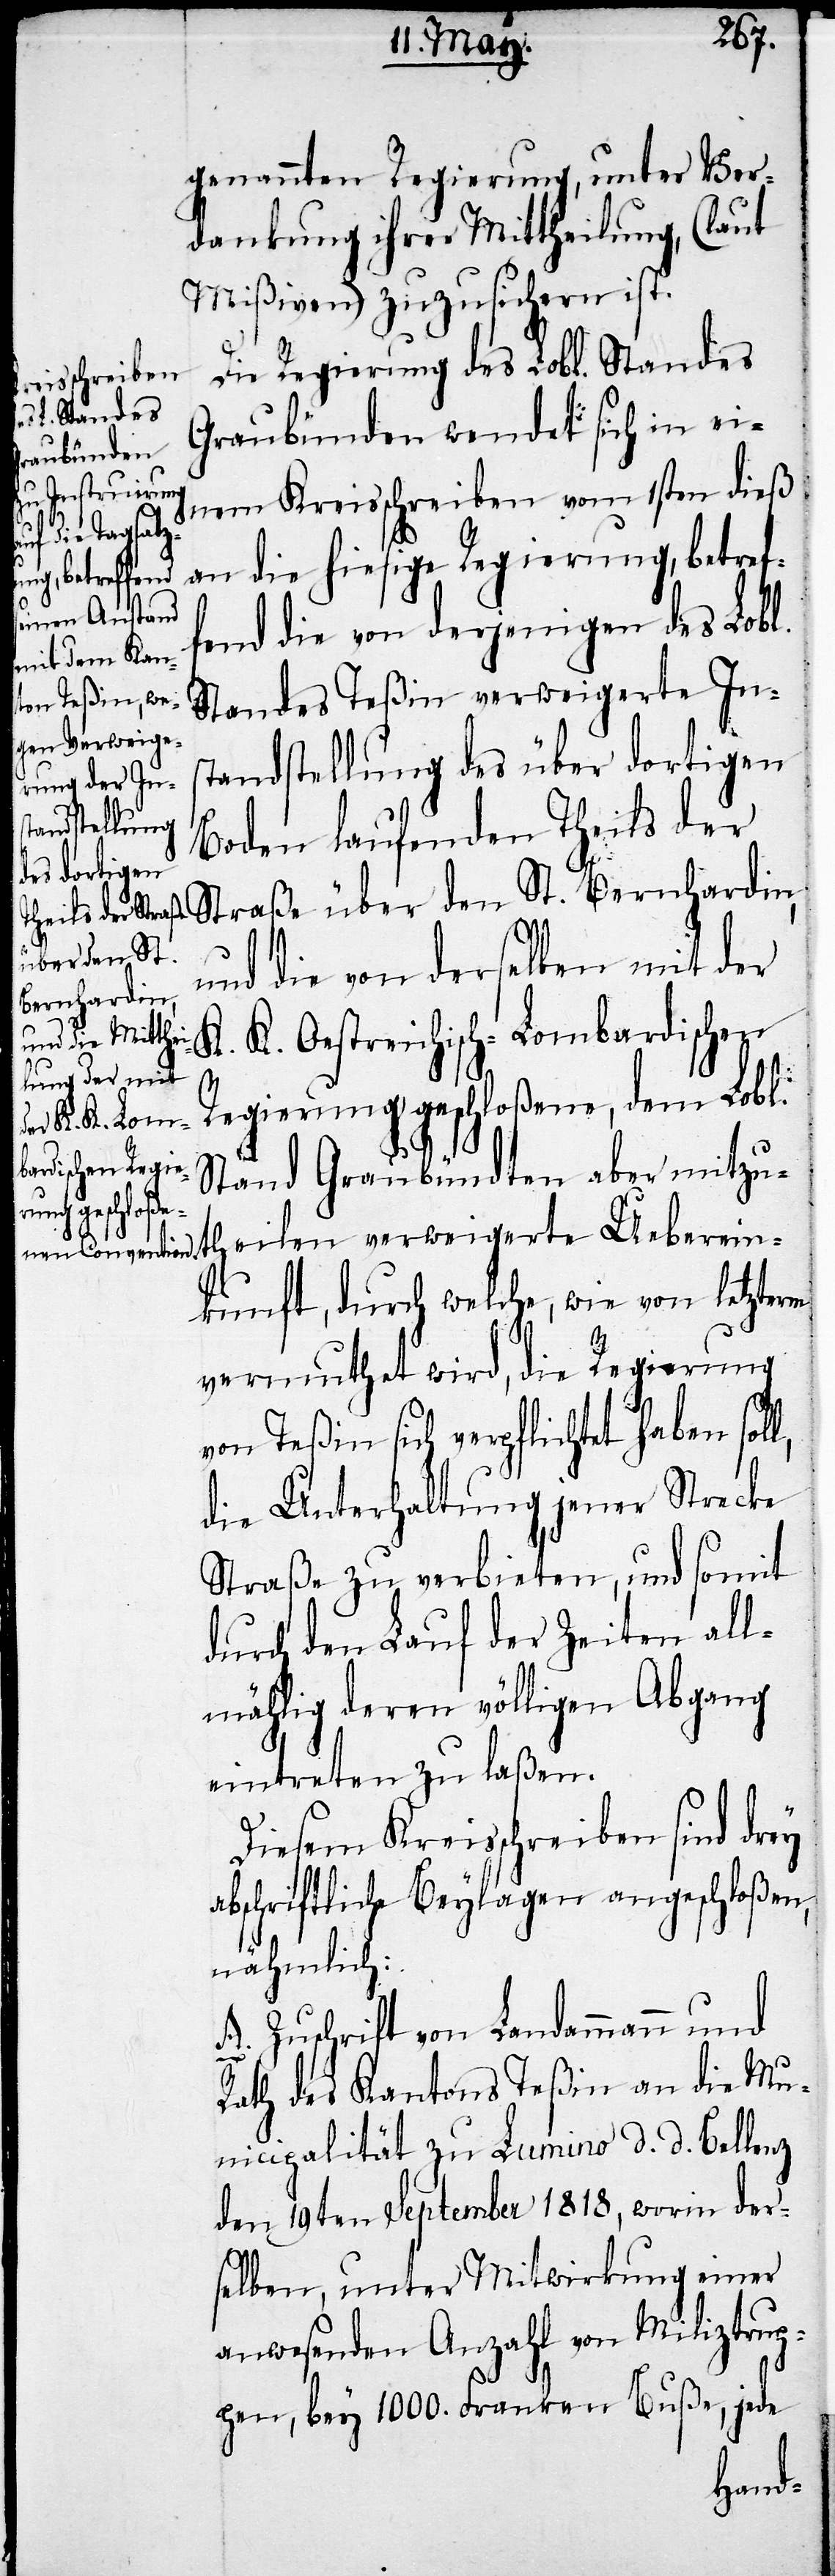
genannten Regierung, unter Ver¬
dankung ihrer Mittheilung, (laut
Mißiven) zuzusichern ist.
Die Regierung des Lobl. Standes
Graubünden wendet sich in ei¬
nem Kreisschreiben vom 1sten dieß
erte Ueberein¬
an die hiesige Regierung, betref¬
fend die von derjenigen des Lobl.
Standes Teßin verweigerte Ins¬
tandstellung des über dortigen
Boden laufenden Theils der
über den St.
und die von derselben mit der
Bernhardin,
K. K. Oestreichisch-Lombardischen
l,
Regierung geschloßene, dem Lobl.
Stand Graubündten aber mitzu¬
kunft, durch welche, wie von letzerm
vermuthet wird, die Regierung
von Teßin sich verpflichtet haben sol¬
die Unterhaltung jener Strecke
Straße zu verbieten, und somit
durch den Lauf der Zeiten all¬
mählig deren völligen Abgang
eintreten zu laßen.
Diesem Kreisschreiben sind drey
abschriftliche Beylagen angeschloßen,
nämlich:
A. Zuschrift von Landammann und
Rath des Kantons Teßin an die Mu¬
nicipalität zu Lumino d. d. Bellenz
den 19ten September 1818, worin der¬
selben, unter Mitwirkung einer
anwesenden Anzahl von Miliztrup¬
pen, bey 1000. Franken Buße, jede